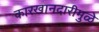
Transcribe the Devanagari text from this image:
कारखानदारीमुळे